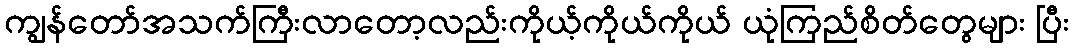
ကျွန်တော်အသက်ကြီးလာတော့လည်းကိုယ့်ကိုယ်ကိုယ် ယုံကြည်စိတ်တွေများ ပြီး